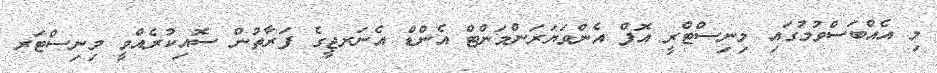
މި އެއްބަސްވުމުގައި މިނިސްޓްރީ އޮފް އެންވަޔަރަންމަންޓް އެންޑް އެނަރޖީގެ ފަރާތުން ސޮއިކުރެއްވީ މިނިސްޓަރ